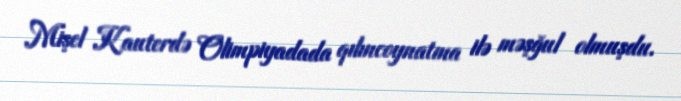
Mişel Kauterdə Olimpiyadada qılıncoynatma ilə məşğul olmuşdu.